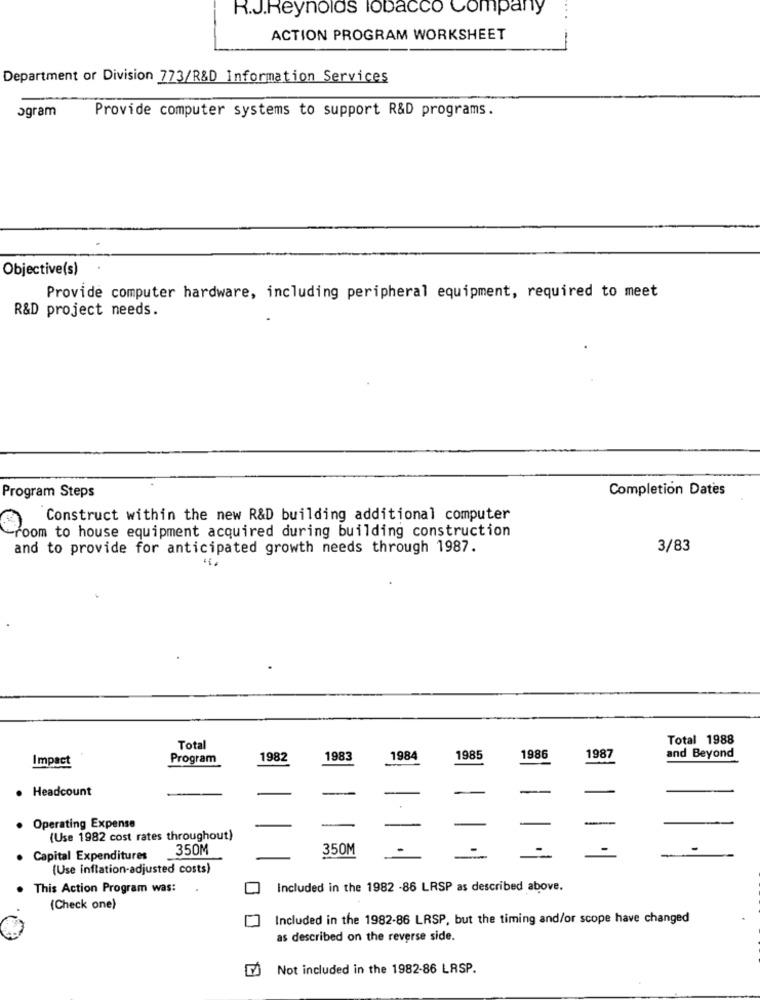
R.J.Reynolds lobacco Company
ACTION PROGRAM WORKSHEET
Department or Division 773/R&D Information Services
ogram
Provide computer systems to support R&D programs.
Objective(s)
Provide computer hardware, including peripheral equipment, required to meet
R&D project needs.
Completion Dates
Program Steps
Construct within the new R&D building additional computer
room to house equipment acquired during building construction
and to provide for anticipated growth needs through 1987.
3/83
Total 1988
Total
Impact
Program
1982
1983
1984
1985
1986
1987
and Beyond
. Headcount
. Operating Expense
(Use 1982 cost rates throughout)
350M
350M
Capital Expenditures
(Use inflation-adjusted costs)
This Action Program was:
Included in the 1982 -86 LRSP as described above.
(Check one)
Included in the 1982-86 LRSP, but the timing and/or scope have changed
as described on the reverse side.
Not included in the 1982-86 LRSP.